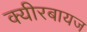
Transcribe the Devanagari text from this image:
क्यीरबायज